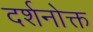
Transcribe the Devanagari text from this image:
दर्शनोक्त